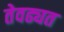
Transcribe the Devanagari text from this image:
तेवढ्यत